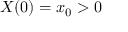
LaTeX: X ( 0 ) = x _ { 0 } > 0